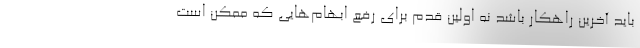
باید آخرین راهکار باشد نه اولین قدم برای رفع ابهام‌هایی که ممکن است